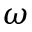
\omega